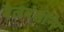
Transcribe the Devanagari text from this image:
बैलबंडीने